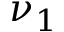
\nu _ { 1 }